Indian journal of veterinary science and animal husbandry - Volume 10,
Year: 1940
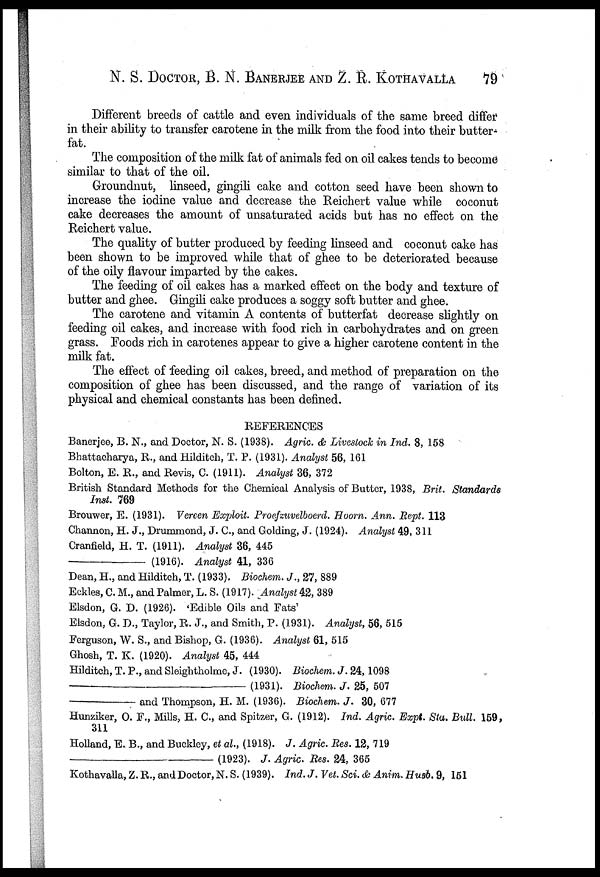
N. S. DOCTOR, B. N. BANERJEE AND Z. R. KOTHAVALLA 79
Different breeds of cattle and even individuals of the same breed differ
in their ability to transfer carotene in the milk from the food into their butter-
fat.
The composition of the milk fat of animals fed on oil cakes tends to become
similar to that of the oil.
Groundnut, linseed, gingili cake and cotton seed have been shown to
increase the iodine value and decrease the Reichert value while coconut
cake decreases the amount of unsaturated acids but has no effect on the
Reichert value.
The quality of butter produced by feeding linseed and coconut cake has
been shown to be improved while that of ghee to be deteriorated because
of the oily flavour imparted by the cakes.
The feeding of oil cakes has a marked effect on the body and texture of
butter and ghee. Gingili cake produces a soggy soft butter and ghee.
The carotene and vitamin A contents of butterfat decrease slightly on
feeding oil cakes, and increase with food rich in carbohydrates and on green
grass. Foods rich in carotenes appear to give a higher carotene content in the
milk fat.
The effect of feeding oil cakes, breed, and method of preparation on the
composition of ghee has been discussed, and the range of variation of its
physical and chemical constants has been defined.
REFERENCES
Banerjee, B. N., and Doctor, N. S. (1938). Agric. & Livestock in Ind. 8 , 158
Bhattacharya, R., and Hilditch, T. P. (1931). Analyst 56, 161
Bolton, E. R.. and Revis, C. (1911). Analyst 36, 372
British Standard Methods for the Chemical Analysis of Butter, 1938, Brit. Standards
Inst. 769
Brouwer, E. (1931). Vereen Exploit. Proefzuvelboerd. Hoorn. Ann. Rept. 113
Channon, H. J., Drummond, J. C., and Golding, J. (1924). Analyst 49, 311
Cranfield, H. T. (1911). Analyst 36, 445
–––––––––––
(1916). Analyst 41, 336
Dean, H., and Hilditch, T. (1933). Biochem. J., 27, 889
Eckles, C. M., and Palmer, L. S. (1917). Analyst 42, 389
Elsdon, G. D. (1926). 'Edible Oils and Fats'
Elsdon, G. D., Taylor, R. J., and Smith, P. (1931). Analyst, 56, 515
Ferguson, W. S., and Bishop, G. (1936). Analyst 61, 515
Ghosh, T. K. (1920). Analyst 45, 444
Hilditch, T. P., and Sleightholme, J. (1930). Biochem. J. 24,1098
––––––––––––––––––––––(1931).
Biochem. J. 25, 507
–––––––––––and Thompson, H. M. (1936). Biochem. J. 30, 677
Hunziker, O. F., Mills, H. C, and Spitzer, G. (1912). Ind. Agric. Expt. Sta. Bull. 159,
311
Holland, E. B., and Buckley, et al, (1918). J. Agric. Res. 12, 719
––––––––––––––––––––––(1923).
J. Agric. Res. 24, 365
Kothavalla, Z. R., and Doctor, N. S. (1939). Ind. J. Vet. Sci. & Anim. Husb. 9, 151